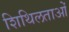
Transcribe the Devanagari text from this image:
शिथिलताओं